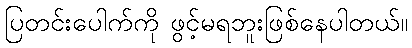
ပြတင်းပေါက်ကို ဖွင့်မရဘူးဖြစ်နေပါတယ်။